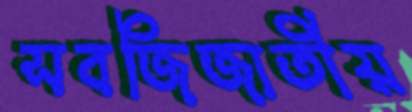
সবজিজাতীয়